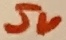
Text: 5V